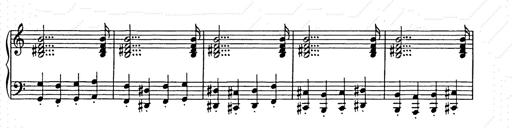
Title: Unstern!
Composer: Franz Liszt